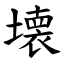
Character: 壊